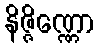
နိဇ္ဇိဏ္ဏော